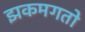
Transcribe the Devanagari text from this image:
झकमगतो